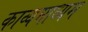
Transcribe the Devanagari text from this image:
काव्यमाध्यम